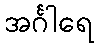
အင်္ဂါရေ